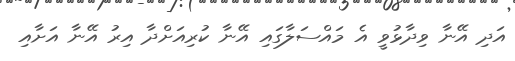
އަދި އޭނާ ވިދާޅުވީ އެ މައްސަލާގައި އޭނާ ކުރިއަށްދާ އިރު އޭނާ އަށާއި